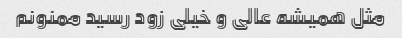
مثل همیشه عالی و خیلی زود رسید ممنونم